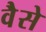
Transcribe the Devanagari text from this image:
वैेसे